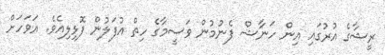
ރީޝާގެ އުރުގައި އިން ހަނާޝް ފެނުމުން ވަސީމާގެ ހިތް އުފަލުން ފޮޅިލިއެވެ. އަވަހަށް